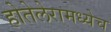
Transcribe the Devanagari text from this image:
होतेलेरामध्येच